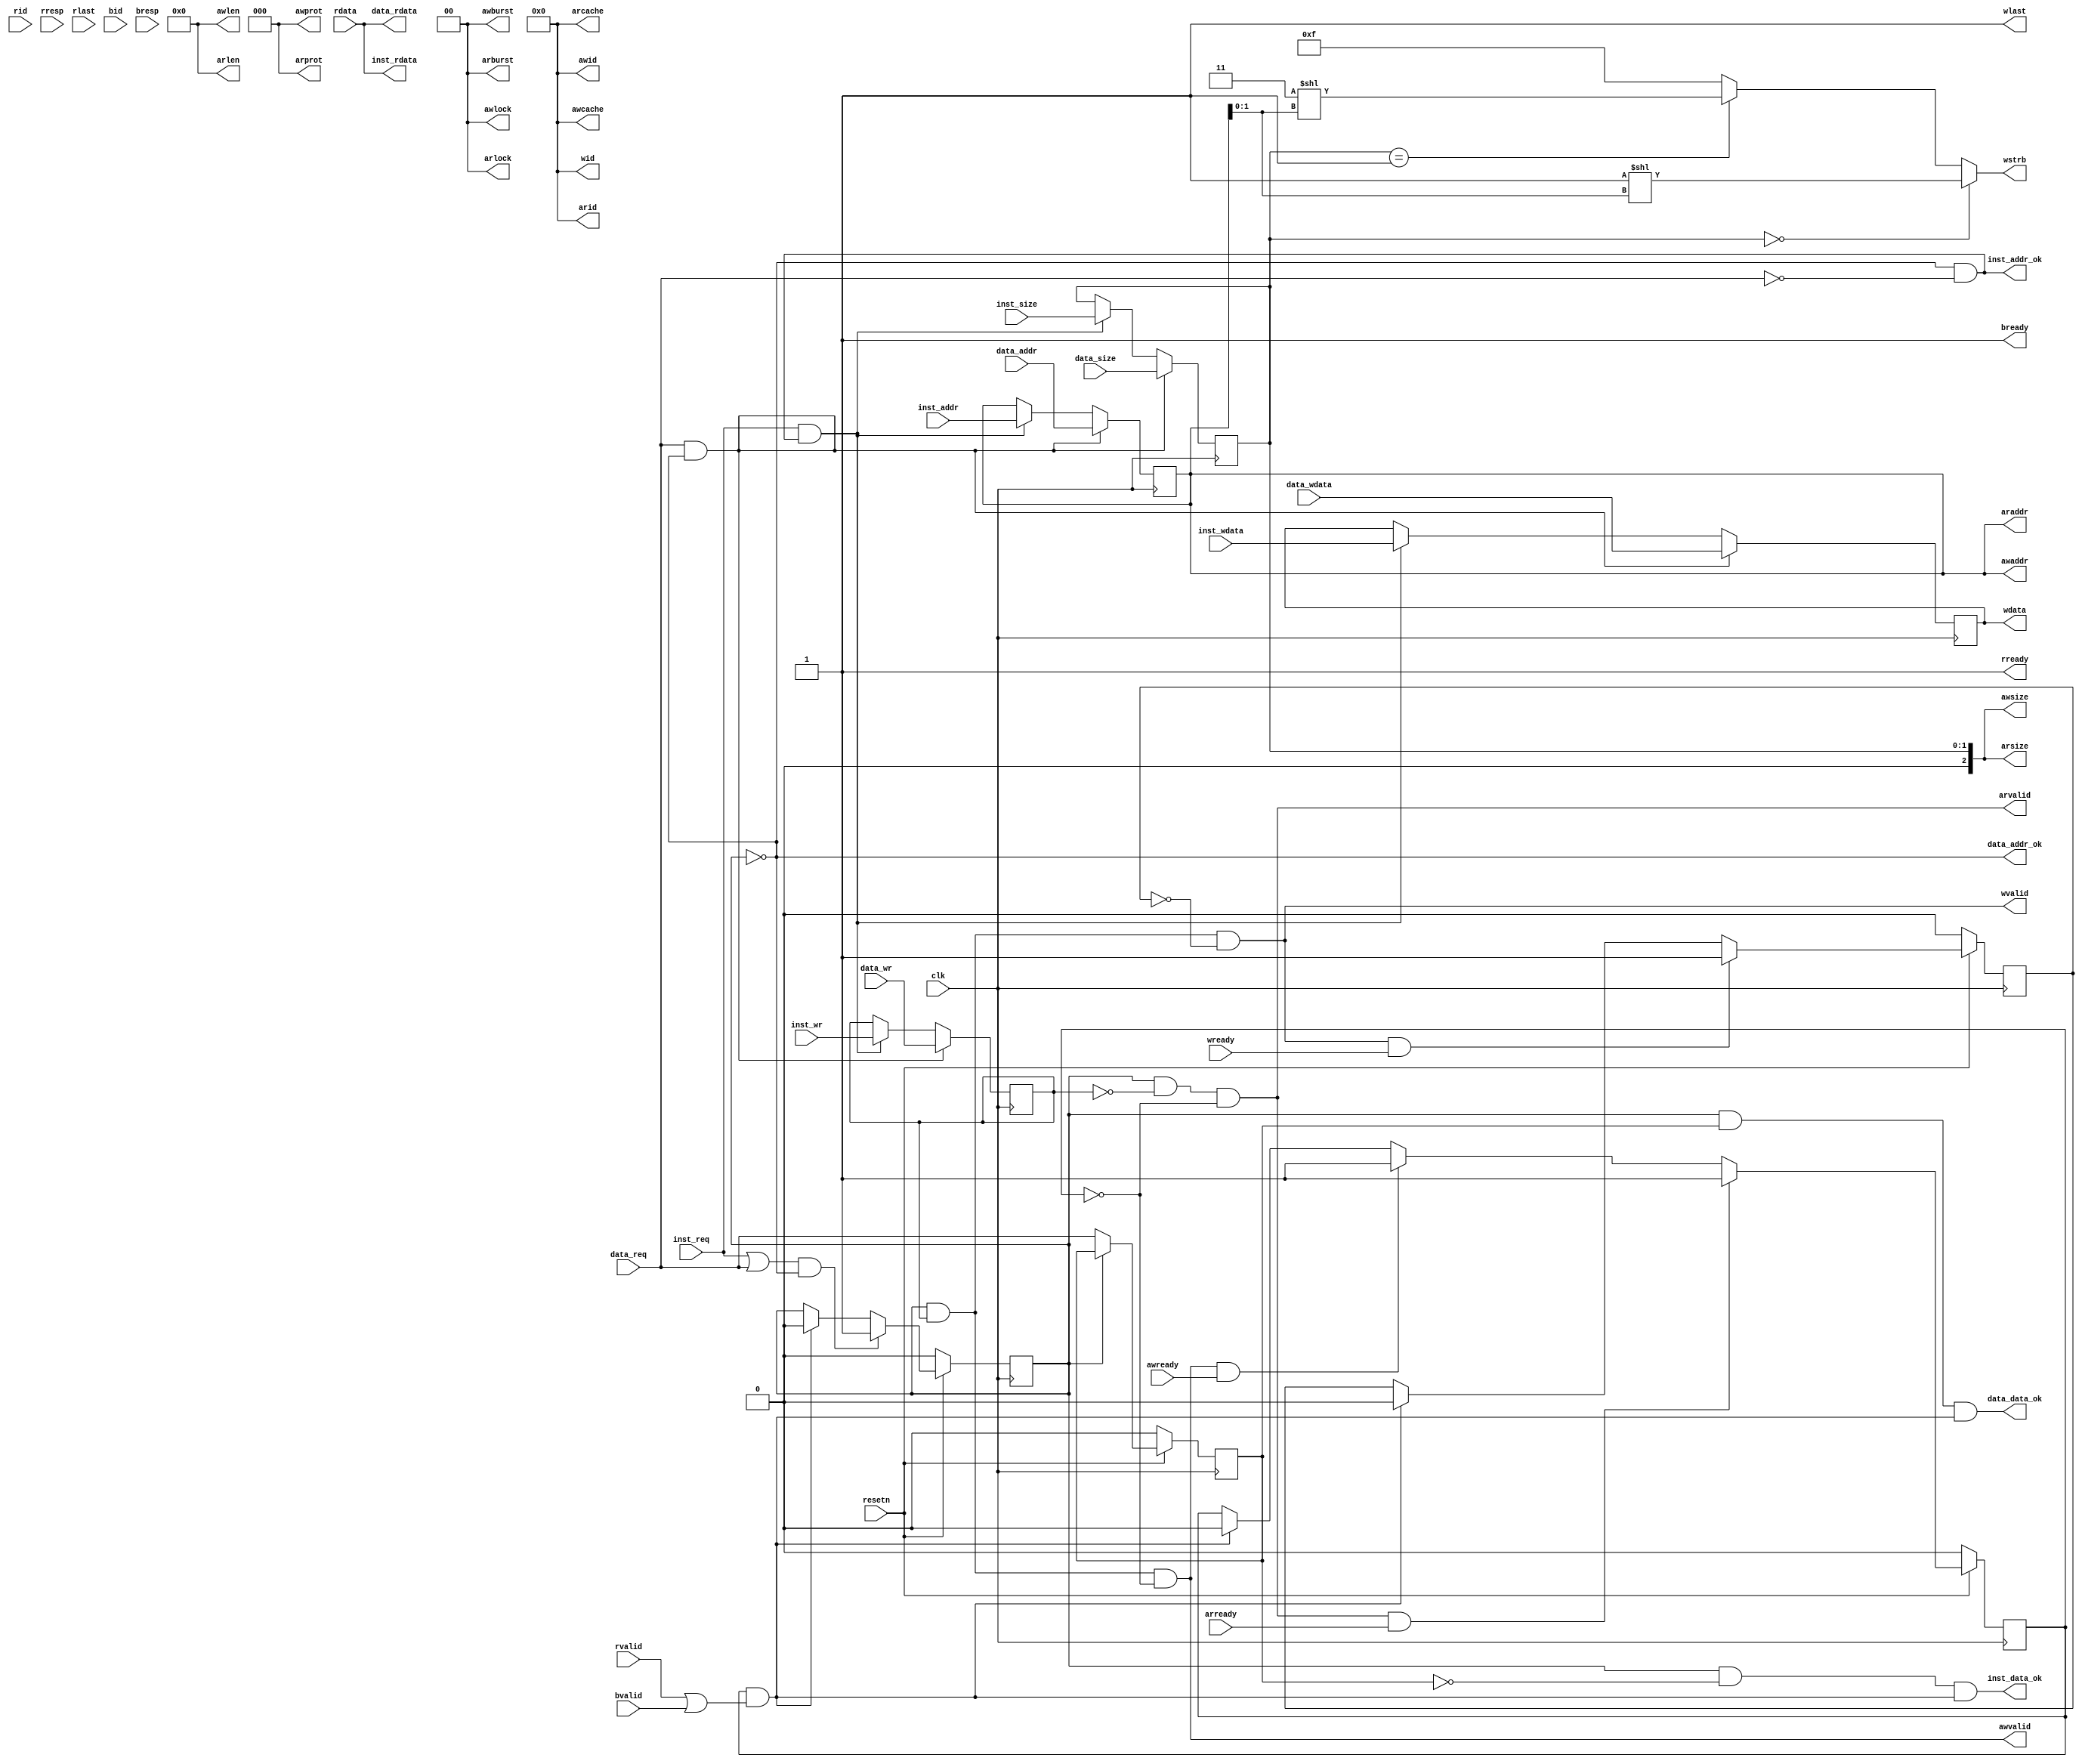
// This program was cloned from: https://github.com/ustb-owl/Uranus
// License: GNU General Public License v3.0

/*------------------------------------------------------------------------------
--------------------------------------------------------------------------------
Copyright (c) 2016, Loongson Technology Corporation Limited.

All rights reserved.

Redistribution and use in source and binary forms, with or without modification,
are permitted provided that the following conditions are met:

1. Redistributions of source code must retain the above copyright notice, this 
list of conditions and the following disclaimer.

2. Redistributions in binary form must reproduce the above copyright notice, 
this list of conditions and the following disclaimer in the documentation and/or
other materials provided with the distribution.

3. Neither the name of Loongson Technology Corporation Limited nor the names of 
its contributors may be used to endorse or promote products derived from this 
software without specific prior written permission.

THIS SOFTWARE IS PROVIDED BY THE COPYRIGHT HOLDERS AND CONTRIBUTORS "AS IS" AND 
ANY EXPRESS OR IMPLIED WARRANTIES, INCLUDING, BUT NOT LIMITED TO, THE IMPLIED 
WARRANTIES OF MERCHANTABILITY AND FITNESS FOR A PARTICULAR PURPOSE ARE 
DISCLAIMED. IN NO EVENT SHALL LOONGSON TECHNOLOGY CORPORATION LIMITED BE LIABLE
TO ANY PARTY FOR DIRECT, INDIRECT, INCIDENTAL, SPECIAL, EXEMPLARY, OR 
CONSEQUENTIAL DAMAGES (INCLUDING, BUT NOT LIMITED TO, PROCUREMENT OF SUBSTITUTE 
GOODS OR SERVICES; LOSS OF USE, DATA, OR PROFITS; OR BUSINESS INTERRUPTION) 
HOWEVER CAUSED AND ON ANY THEORY OF LIABILITY, WHETHER IN CONTRACT, STRICT 
LIABILITY, OR TORT (INCLUDING NEGLIGENCE OR OTHERWISE) ARISING IN ANY WAY OUT OF
THE USE OF THIS SOFTWARE, EVEN IF ADVISED OF THE POSSIBILITY OF SUCH DAMAGE.
--------------------------------------------------------------------------------
------------------------------------------------------------------------------*/

module cpu_axi_interface
(
    input         clk,
    input         resetn, 

    //inst sram-like 
    input         inst_req     ,
    input         inst_wr      ,
    input  [1 :0] inst_size    ,
    input  [31:0] inst_addr    ,
    input  [31:0] inst_wdata   ,
    output [31:0] inst_rdata   ,
    output        inst_addr_ok ,
    output        inst_data_ok ,
    
    //data sram-like 
    input         data_req     ,
    input         data_wr      ,
    input  [1 :0] data_size    ,
    input  [31:0] data_addr    ,
    input  [31:0] data_wdata   ,
    output [31:0] data_rdata   ,
    output        data_addr_ok ,
    output        data_data_ok ,

    //axi
    //ar
    output [3 :0] arid         ,
    output [31:0] araddr       ,
    output [7 :0] arlen        ,
    output [2 :0] arsize       ,
    output [1 :0] arburst      ,
    output [1 :0] arlock        ,
    output [3 :0] arcache      ,
    output [2 :0] arprot       ,
    output        arvalid      ,
    input         arready      ,
    //r           
    input  [3 :0] rid          ,
    input  [31:0] rdata        ,
    input  [1 :0] rresp        ,
    input         rlast        ,
    input         rvalid       ,
    output        rready       ,
    //aw          
    output [3 :0] awid         ,
    output [31:0] awaddr       ,
    output [7 :0] awlen        ,
    output [2 :0] awsize       ,
    output [1 :0] awburst      ,
    output [1 :0] awlock       ,
    output [3 :0] awcache      ,
    output [2 :0] awprot       ,
    output        awvalid      ,
    input         awready      ,
    //w          
    output [3 :0] wid          ,
    output [31:0] wdata        ,
    output [3 :0] wstrb        ,
    output        wlast        ,
    output        wvalid       ,
    input         wready       ,
    //b           
    input  [3 :0] bid          ,
    input  [1 :0] bresp        ,
    input         bvalid       ,
    output        bready       
);
//addr
reg do_req;
reg do_req_or; //req is inst or data;1:data,0:inst
reg        do_wr_r;
reg [1 :0] do_size_r;
reg [31:0] do_addr_r;
reg [31:0] do_wdata_r;
wire data_back;

assign inst_addr_ok = !do_req&&!data_req;
assign data_addr_ok = !do_req;
always @(posedge clk)
begin
    do_req     <= !resetn                       ? 1'b0 : 
                  (inst_req||data_req)&&!do_req ? 1'b1 :
                  data_back                     ? 1'b0 : do_req;
    do_req_or  <= !resetn ? 1'b0 : 
                  !do_req ? data_req : do_req_or;

    do_wr_r    <= data_req&&data_addr_ok ? data_wr :
                  inst_req&&inst_addr_ok ? inst_wr : do_wr_r;
    do_size_r  <= data_req&&data_addr_ok ? data_size :
                  inst_req&&inst_addr_ok ? inst_size : do_size_r;
    do_addr_r  <= data_req&&data_addr_ok ? data_addr :
                  inst_req&&inst_addr_ok ? inst_addr : do_addr_r;
    do_wdata_r <= data_req&&data_addr_ok ? data_wdata :
                  inst_req&&inst_addr_ok ? inst_wdata :do_wdata_r;
end

//inst sram-like
assign inst_data_ok = do_req&&!do_req_or&&data_back;
assign data_data_ok = do_req&& do_req_or&&data_back;
assign inst_rdata   = rdata;
assign data_rdata   = rdata;

//---axi
reg addr_rcv;
reg wdata_rcv;

assign data_back = addr_rcv && (rvalid&&rready||bvalid&&bready);
always @(posedge clk)
begin
    addr_rcv  <= !resetn          ? 1'b0 :
                 arvalid&&arready ? 1'b1 :
                 awvalid&&awready ? 1'b1 :
                 data_back        ? 1'b0 : addr_rcv;
    wdata_rcv <= !resetn        ? 1'b0 :
                 wvalid&&wready ? 1'b1 :
                 data_back      ? 1'b0 : wdata_rcv;
end
//ar
assign arid    = 4'd0;
assign araddr  = do_addr_r;
assign arlen   = 8'd0;
assign arsize  = do_size_r;
assign arburst = 2'd0;
assign arlock  = 2'd0;
assign arcache = 4'd0;
assign arprot  = 3'd0;
assign arvalid = do_req&&!do_wr_r&&!addr_rcv;
//r
assign rready  = 1'b1;

//aw
assign awid    = 4'd0;
assign awaddr  = do_addr_r;
assign awlen   = 8'd0;
assign awsize  = do_size_r;
assign awburst = 2'd0;
assign awlock  = 2'd0;
assign awcache = 4'd0;
assign awprot  = 3'd0;
assign awvalid = do_req&&do_wr_r&&!addr_rcv;
//w
assign wid    = 4'd0;
assign wdata  = do_wdata_r;
assign wstrb  = do_size_r==2'd0 ? 4'b0001<<do_addr_r[1:0] :
                do_size_r==2'd1 ? 4'b0011<<do_addr_r[1:0] : 4'b1111;
assign wlast  = 1'd1;
assign wvalid = do_req&&do_wr_r&&!wdata_rcv;
//b
assign bready  = 1'b1;

endmodule